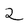
Character: 2